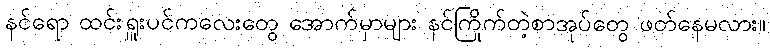
နင်ရော ထင်းရှူးပင်ကလေးတွေ အောက်မှာများ နင်ကြိုက်တဲ့စာအုပ်တွေ ဖတ်နေမလား။